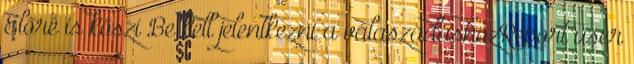
Előre is köszi Be kell jelentkezni a válaszadáshozReport user